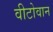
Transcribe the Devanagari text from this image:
वीटोवान